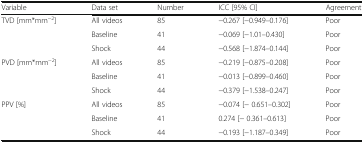
| Variable | Data set | Number | ICC [95% CI] | Agreement |
 | --- | --- | --- | --- | --- |
 | <ROWSPAN=3> TVD [mm*mm−2] | All videos | 85 | −0.267 [−0.949–0.176] | Poor |
 | Baseline | 41 | −0.069 [−1.01–0.430] | Poor |
 | Shock | 44 | −0.568 [−1.874–0.144] | Poor |
 | <ROWSPAN=3> PVD [mm*mm−2] | All videos | 85 | −0.219 [−0.875–0.208] | Poor |
 | Baseline | 41 | −0.013 [−0.899–0.460] | Poor |
 | Shock | 44 | −0.379 [−1.538–0.247] | Poor |
 | <ROWSPAN=3> PPV [%] | All videos | 85 | −0.074 [− 0.651–0.302] | Poor |
 | Baseline | 41 | 0.274 [− 0.361–0.613] | Poor |
 | Shock | 44 | −0.193 [−1.187–0.349] | Poor |